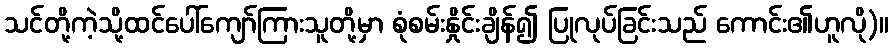
သင်တို့ကဲ့သို့ထင်ပေါ်ကျော်ကြားသူတို့မှာ စုံစမ်းနှိုင်းချိန်၍ ပြုလုပ်ခြင်းသည် ကောင်း၏ဟူလို)။